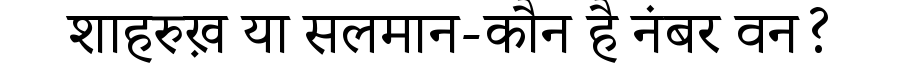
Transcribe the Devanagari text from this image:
शाहरुख़ या सलमान-कौन है नंबर वन?